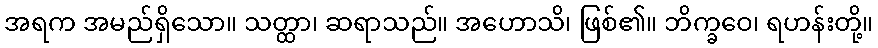
အရက အမည်ရှိသော။ သတ္ထာ၊ ဆရာသည်။ အဟောသိ၊ ဖြစ်၏။ ဘိက္ခဝေ၊ ရဟန်းတို့။